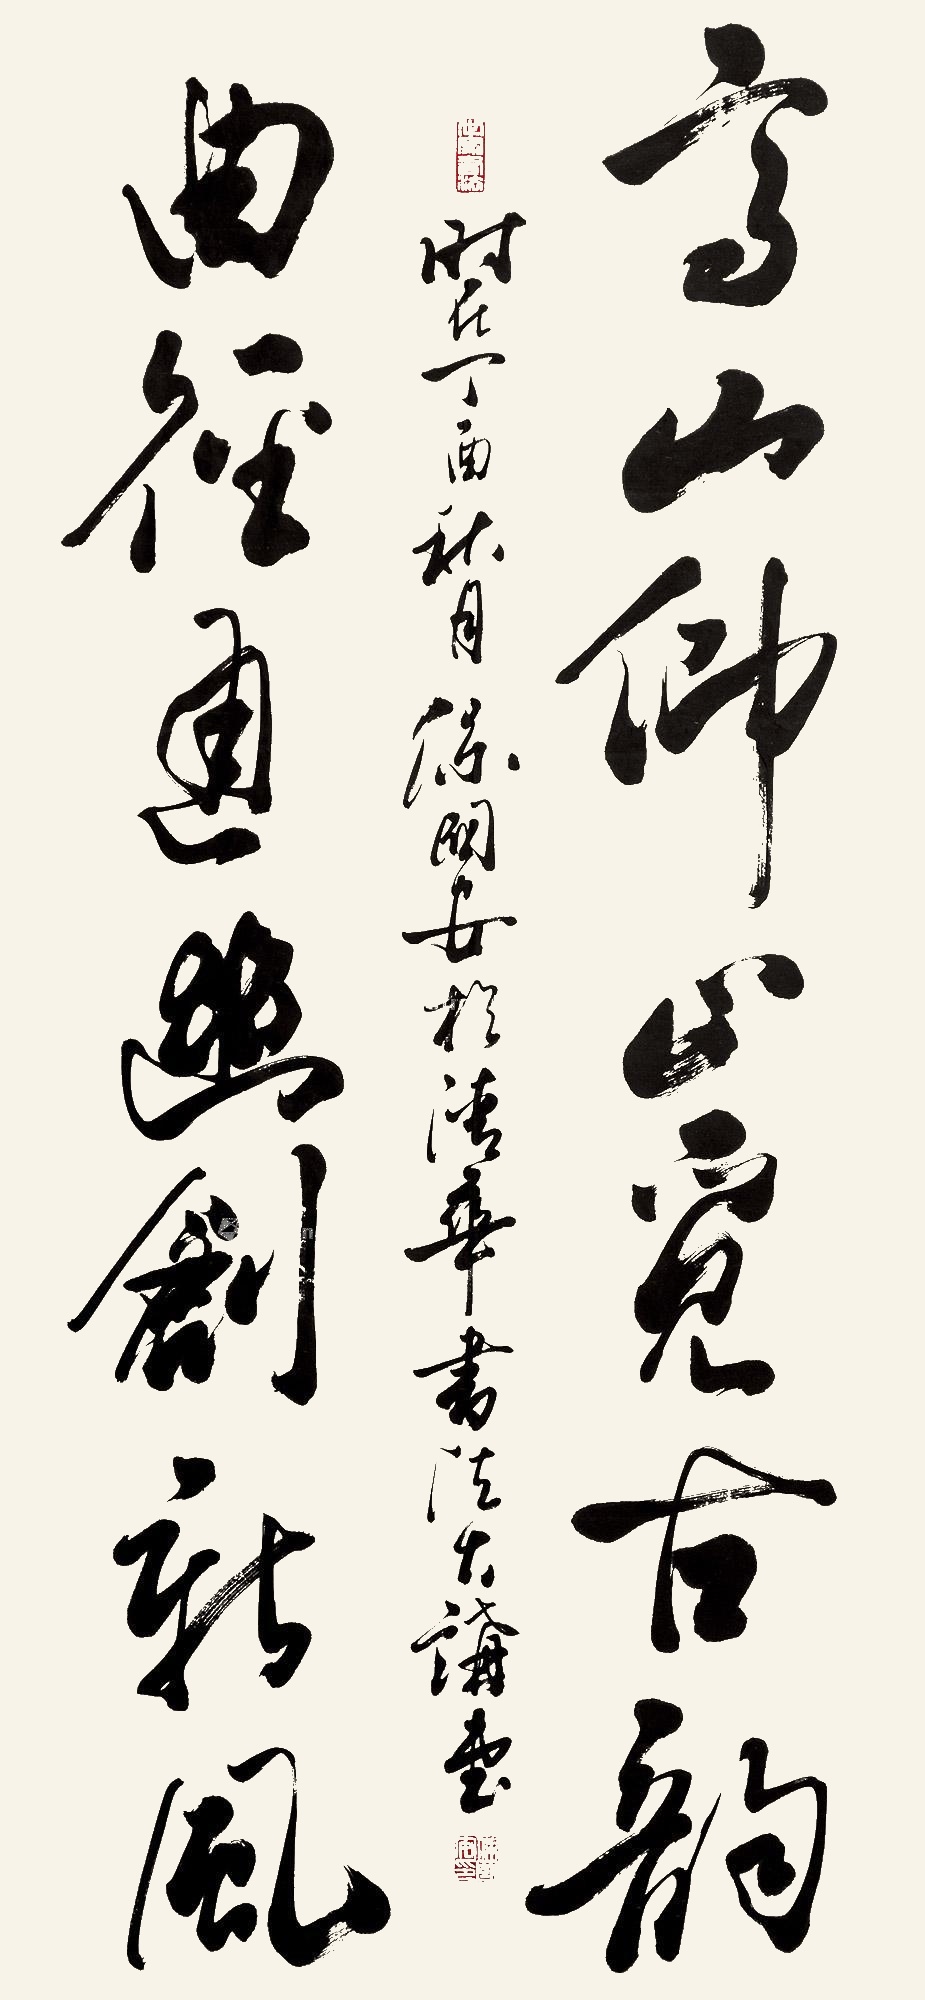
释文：高山仰正觅古韵，曲径通幽创新风。时在丁酉(2017年)秋月，保国安于清华书法大讲堂。